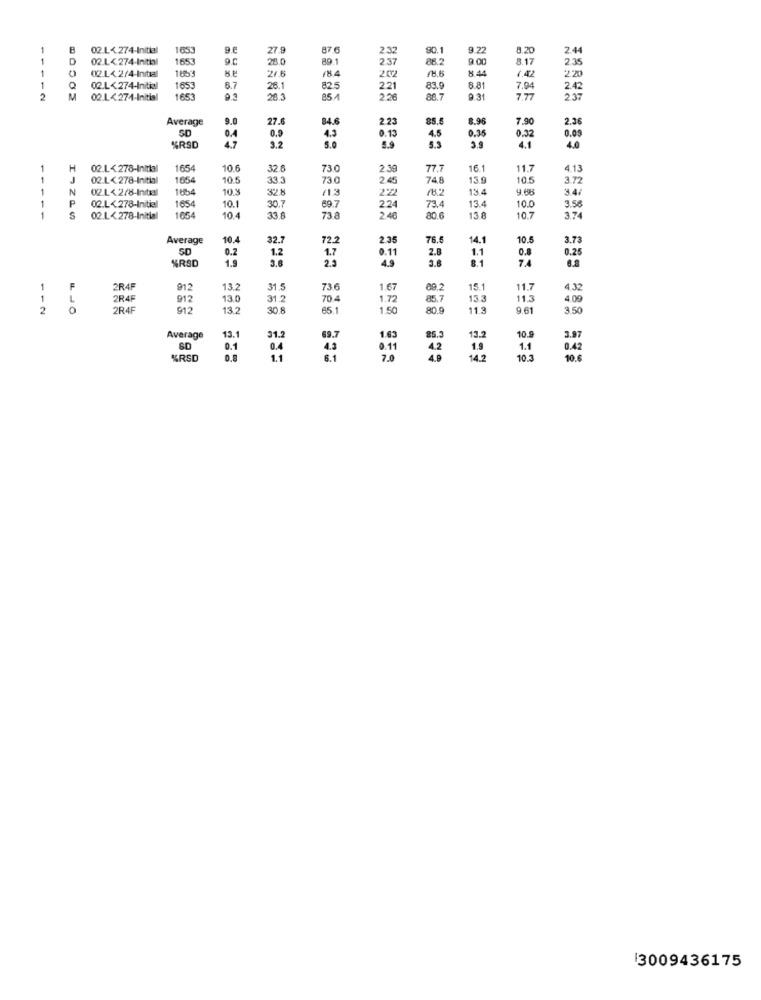
1
B
02.L≤ 274-Initial
1653
27.9
87.6
2.32
90.
9.22
8.20
2.4
1
02.L≤274-Initial
1653
28.0
89.1
2.37
86.2
9.00
8.17
2:35
1
02.14.2/4-Initial
21.6
/8.4
202
8.44
1.42
2.20
1
0
02.L 274-Initial
1653
8.7
26.1
82.5
221
83.9
8.81
7.94
2.42
2
M
02.L<274-Initial
1653
20:
226
88.7
9.31
7.77
2.37
Average
9.0
27.6
84.6
2.23
85.
8.96
7.90
2.36
0.9
0.13
4.5
0.32
9.2
4.3
0.36
0.09
%RSD
5.0
5.9
4.1
4.0
1
H
02.L≤ 278-Initial
1654
10.6
32.
730
2.39
77.7
16.
11.7
4.13
-
1
02.L< 278-Initial
1054
10.5
33.3
73 0
2.45
74.8
13.9
10.5
3.72
-
N
02.1< 2/8-Initial
10.3
32.8
/13
2:22
/8.2
13.4
34/
P
1654
10.1
13.4
02.L< 278-Initial
30.7
69.7
2.24
73.4
10.0
3.56
-
02.L< 278-Initial
1054
10.4
33€
73 8
246
80.6
13.8
10.7
Average
10.4
32.
72.2
2.35
76.
14.1
10.5
3.73
SD
0.2
0.11
2.8
0.25
"RSD
1.9
1.2
2.3
49
3.8
0.8
74
1
2R4F
912
13.2
31.5
73.6
1.67
09.2
15.
11.7
4.32
1
L
2R4F
912
13.0
31.2
70 4
1.72
85.7
13.3
11.3
4.09
2
0
OR4F
912
13.2
30.8
65.1
1.5
80.9
11.3
9.61
3.50
13.1
31.2
10.9
Average
69.7
1.63
13.
3.97
SD
0.1
0.4
4.3
0.11
4.2
19
1.1
0.42
%RSD
1.1
6.1
2.0
10.3
10.6
3009436175